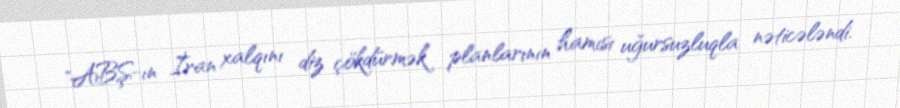
"ABŞ-ın İran xalqını diz çökdürmək planlarının hamısı uğursuzluqla nəticələndi.